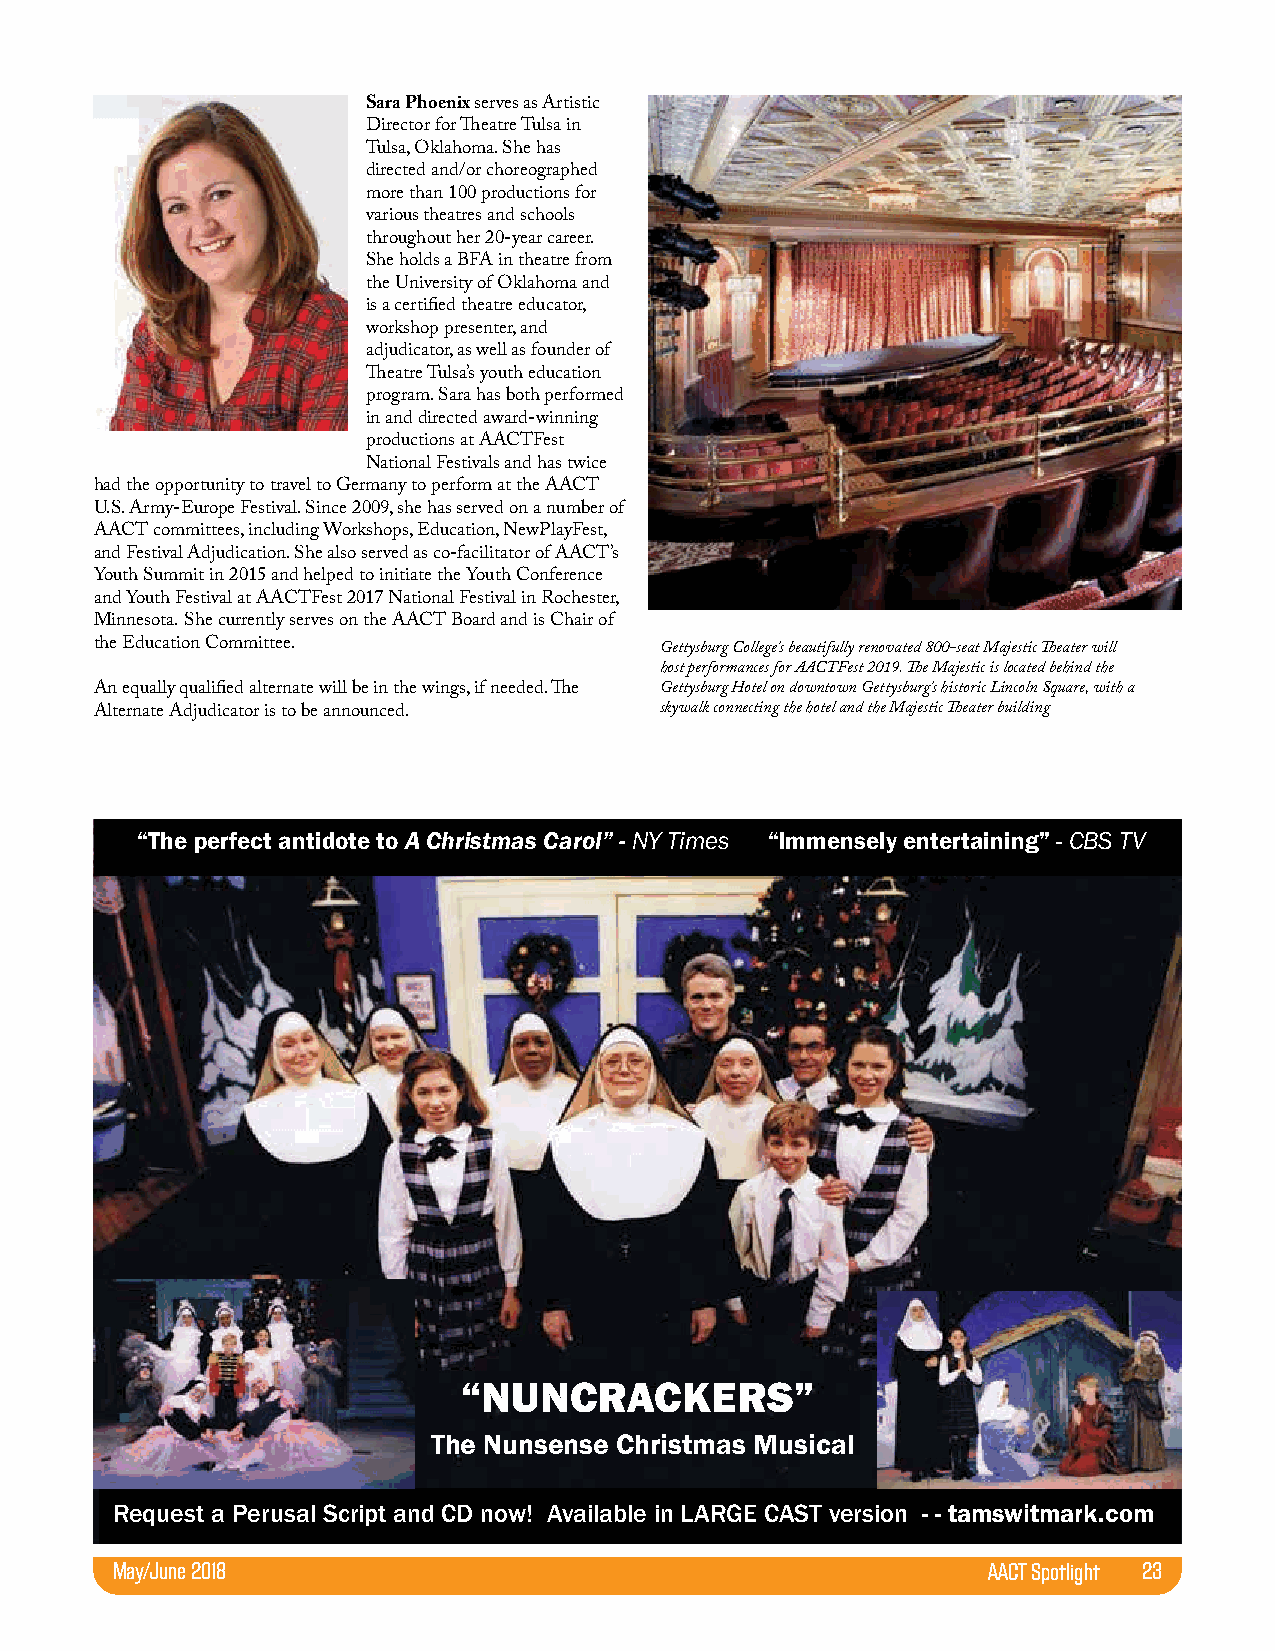
Sara Phoenix serves as Artistic
 Director for Theatre Tulsa in
 Tulsa, Oklahoma. She has
 directed and/or choreographed
 more than 100 productions for
 various theatres and schools
 throughout her 20-year career.
 She holds a BFA in theatre from
 the University of Oklahoma and
 is a certified theatre educator,
 workshop presenter, and
 adjudicator, as well as founder of
 Theatre Tulsa’s youth education
 program. Sara has both performed
 in and directed award-winning
 productions at AACTFest
 National Festivals and has twice
 had the opportunity to travel to Germany to perform at the AACT
 U.S. Army-Europe Festival. Since 2009, she has served on a number of
 AACT committees, including Workshops, Education, NewPlayFest,
 and Festival Adjudication. She also served as co-facilitator of AACT’s
 Youth Summit in 2015 and helped to initiate the Youth Conference
 and Youth Festival at AACTFest 2017 National Festival in Rochester,
 Minnesota. She currently serves on the AACT Board and is Chair of
 the Education Committee.              Gettysburg College's beautifully renovated 800-seat Majestic Theater will
 host performances for AACTFest 2019. The Majestic is located behind the
 An equally qualified alternate will be in the wings, if needed. The Gettysburg Hotel on downtown Gettysburg's historic Lincoln Square, with a
 Alternate Adjudicator is to be announced. skywalk connecting the hotel and the Majestic Theater building
 “The perfect antidote to A Christmas Carol” - NY Times “Immensely entertaining” - CBS TV
 “NUNCRACKERS”
 The Nunsense Christmas Musical
 Request a Perusal Script and CD now! Available in LARGE CAST version - - tamswitmark.com
 May/June 2018                                             AACT Spotlight 23